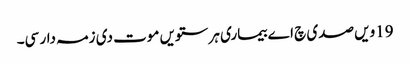
19ویں صدی چ اے بیماری ہر ستویں موت دی زمہ دار سی۔